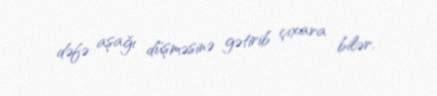
dəfə aşağı düşməsinə gətirib çıxara bilər.